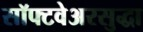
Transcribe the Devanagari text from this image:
सॉफ्टवेअरसुद्धा